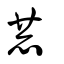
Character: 赫